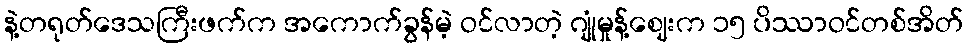
နဲ့တရုတ်ဒေသကြီးဖက်က အကောက်ခွန်မဲ့ ဝင်လာတဲ့ ဂျုံမှုန့်ဈေးက ၁၅ ပိဿာဝင်တစ်အိတ်